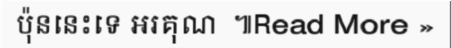
ប៉ុននេះទេ អរគុណ  ៕Read More »